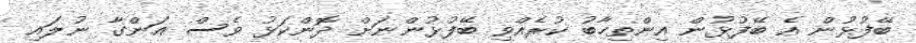
ބޭފުޅުން އެ ބޭފުޅުން އިންތިހާބު ކުރެއްްވި ބޭފުޅުންނަށް ދޮންކަޅު ވެސް އަންގާ ނުލައި